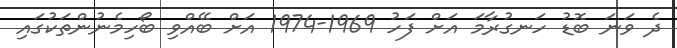
ދެ ވަނަ ބޮޑު ހަނގުރާމަ އަށް ފަހު 1969-1974 އަށް ބޭއްވި ބޯހިމެނުންތަކުގައި